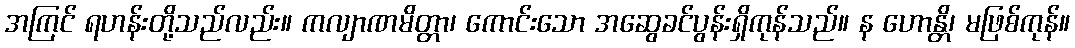
အကြင် ရဟန်းတို့သည်လည်း။ ကလျာဏမိတ္တာ၊ ကောင်းသော အဆွေခင်ပွန်းရှိကုန်သည်။ န ဟောန္တိ၊ မဖြစ်ကုန်။